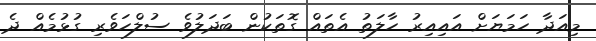
މިއަދާ ހަމަޔަށް އައިއިރު ހާލަތު އެތައް ގޮތަކުން ބަދަލުވެ ސުލްހަވެރި ގުޅުމެއް ދެ